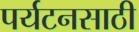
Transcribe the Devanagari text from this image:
पर्यटनसाठी